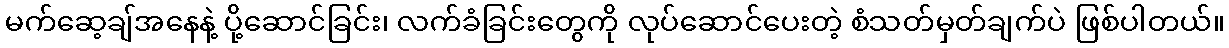
မက်ဆေ့ချ်အနေနဲ့ ပို့ဆောင်ခြင်း၊ လက်ခံခြင်းတွေကို လုပ်ဆောင်ပေးတဲ့ စံသတ်မှတ်ချက်ပဲ ဖြစ်ပါတယ်။